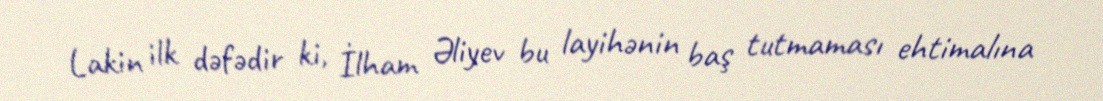
Lakin ilk dəfədir ki, İlham Əliyev bu layihənin baş tutmaması ehtimalına